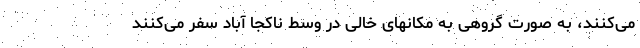
می‌کنند، به صورت گروهی به مکانهای خالی در وسط ناکجا آباد سفر می‌کنند